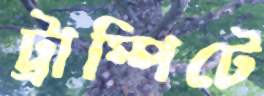
ট্রাম্পিটে